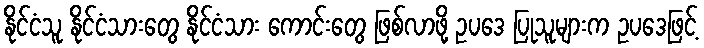
နိုင်ငံသူ နိုင်ငံသားတွေ နိုင်ငံသား ကောင်းတွေ ဖြစ်လာဖို့ ဥပဒေ ပြုသူများက ဥပဒေဖြင့်